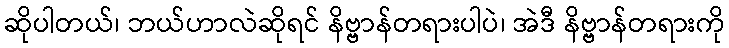
ဆိုပါတယ်၊ ဘယ်ဟာလဲဆိုရင် နိဗ္ဗာန်တရားပါပဲ၊ အဲဒီ နိဗ္ဗာန်တရားကို